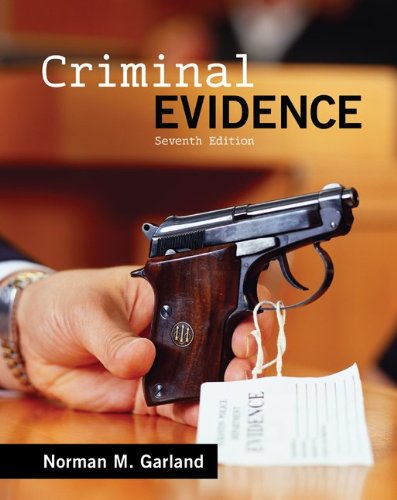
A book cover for Criminal Evidence; Norman Garland; Law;